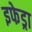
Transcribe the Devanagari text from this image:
इफेड्रा